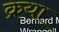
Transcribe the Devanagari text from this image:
क्रया